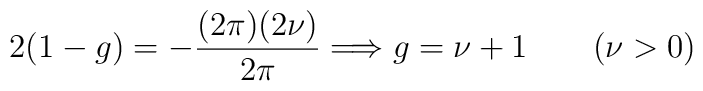
2(1-g)=-\frac{(2 \pi)(2 \nu)}{2 \pi} \Longrightarrow g=\nu+1\qquad (\nu>0)